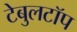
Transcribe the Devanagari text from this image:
टेबुलटॉप